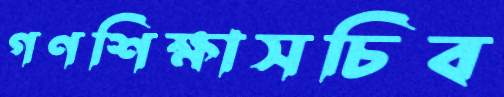
গণশিক্ষাসচিব